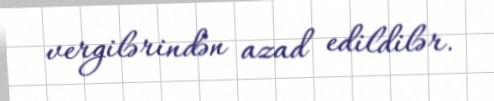
vergilərindən azad edildilər.